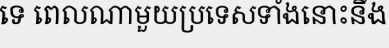
ទេ ពេលណាមួយប្រទេសទាំងនោះនឹង